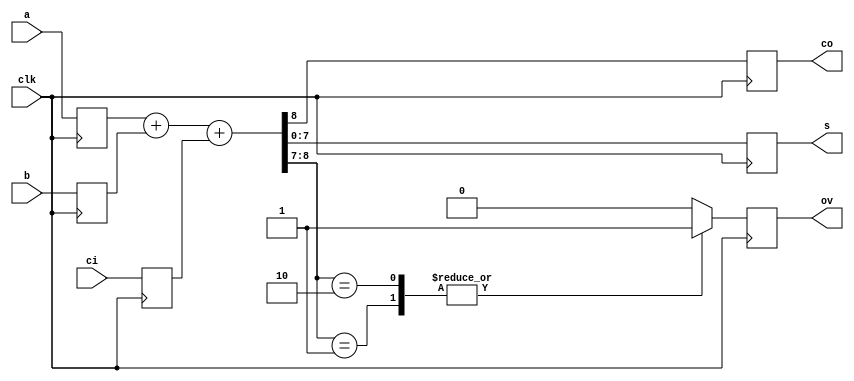
module adderFF (
    input ci,clk,
    input signed [7:0] a,b,
    output reg co,ov,
    output reg signed [7:0] s
);
    reg signed [7:0] A,B,S;
    reg CI,CO,OV;

    always @(posedge clk ) begin
        A <= a;
        B <= b;
        CI <= ci;
        
        {CO,S} = A + B + CI;

        case ({CO,S[7]})
            2'b01: OV = 1'b1;
            2'b10: OV = 1'b1;
            default: OV = 1'b0;
        endcase

        co<=CO;
        ov<=OV;
        s<=S;

    end
    
endmodule